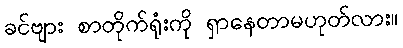
ခင်ဗျား စာတိုက်ရုံးကို ရှာနေတာမဟုတ်လား။